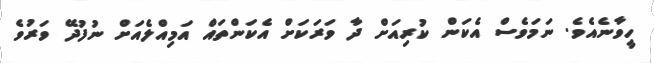
ހީވާނެއެވެ. ނަމަވެސް އެކަން ކުރިއަށް ދާ ވަރަކަށް އެކަންތައް އަމިއްލެއަށް ނުފުދޭ ވަރުވެ